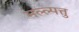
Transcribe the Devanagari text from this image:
मल्ल्पत्तु